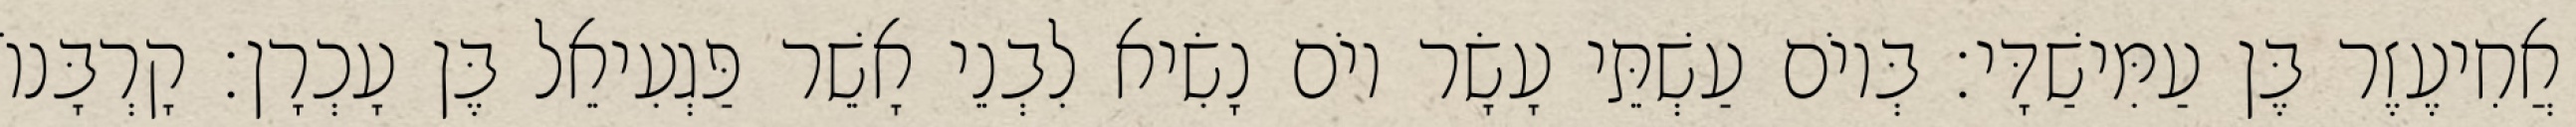
אֲחִיעֶזֶר בֶּן עַמִּישַׁדָּי׃ בְּיוֹם עַשְׁתֵּי עָשָׂר יוֹם נָשִׂיא לִבְנֵי אָשֵׁר פַּגְעִיאֵל בֶּן עָכְרָן׃ קָרְבָּנוֹ